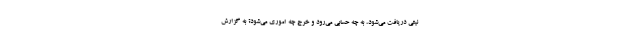
نیتی دریافت می‌شود، به چه حسابی می‌رود و خرج چه اموری می‌شود؟ به گزارش